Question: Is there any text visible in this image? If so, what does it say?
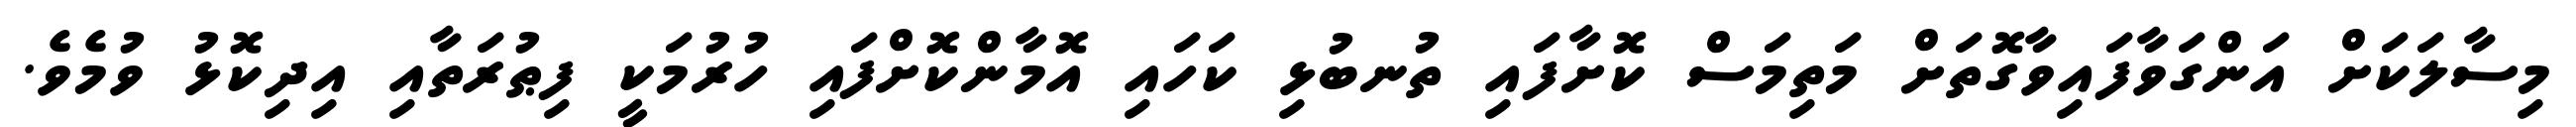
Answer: މިސާލަކަށް އަންގަވާފައިވާގޮތަށް މަތިމަސް ކޮށާފައި ތުނބުޅި ކަހައި އޮމާންކޮށްފައި ހުރުމަކީ ފިޠުރަތާއި އިދިކޮޅު ވުމެވެ.